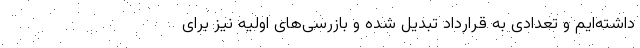
داشته‌ایم و تعدادی به قرارداد تبدیل شده و بازرسی‌های اولیه نیز برای